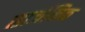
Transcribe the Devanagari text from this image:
सार्जनिक